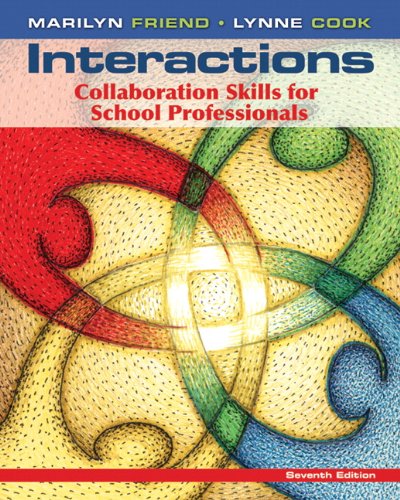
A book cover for Interactions: Collaboration Skills for School Professionals (7th Edition); Marilyn Friend; Education & Teaching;